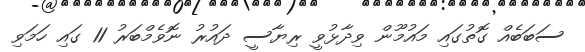
ސަބަބެއް ގޮތުގައި މައުމޫން ވިދާޅުވީ ރިޔާސީ ދައުރު ނޮވެމްބަރު 11 ގައި ހަމަވި